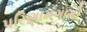
પરિણામગામી